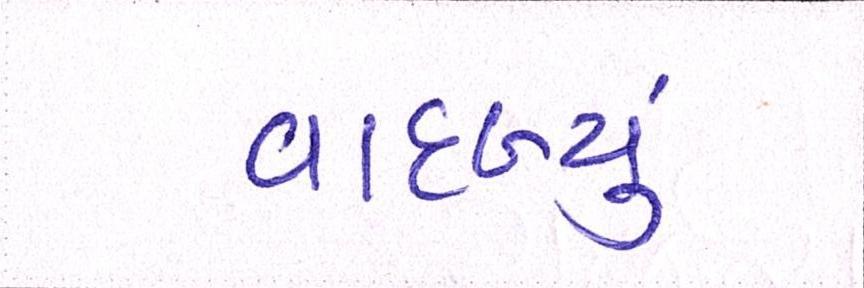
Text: વાદળ્યું